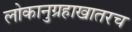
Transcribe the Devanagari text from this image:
लोकानुग्रहाखातरच